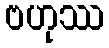
ဗဟုဿ